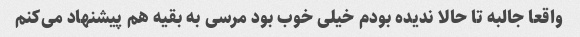
واقعا جالبه تا حالا ندیده بودم خیلی خوب بود مرسی به بقیه هم پیشنهاد می‌کنم